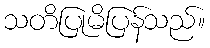
သတိပြုမိပြန်သည်။